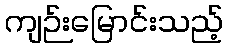
ကျဉ်းမြောင်းသည့်